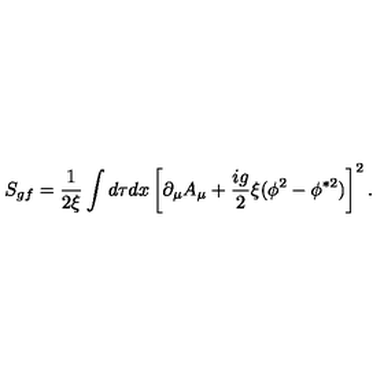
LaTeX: S _ { g f } = \frac { 1 } { 2 \xi } \int d \tau d x \left[ \partial _ { \mu } A _ { \mu } + \frac { i g } { 2 } \xi ( \phi ^ { 2 } - \phi ^ { \ast 2 } ) \right] ^ { 2 } .